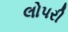
લોપરી